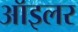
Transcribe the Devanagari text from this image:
ऑइलर